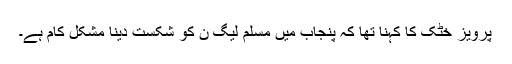
پرویز خٹک کا کہنا تھا کہ پنجاب میں مسلم لیگ ن کو شکست دینا مشکل کام ہے۔